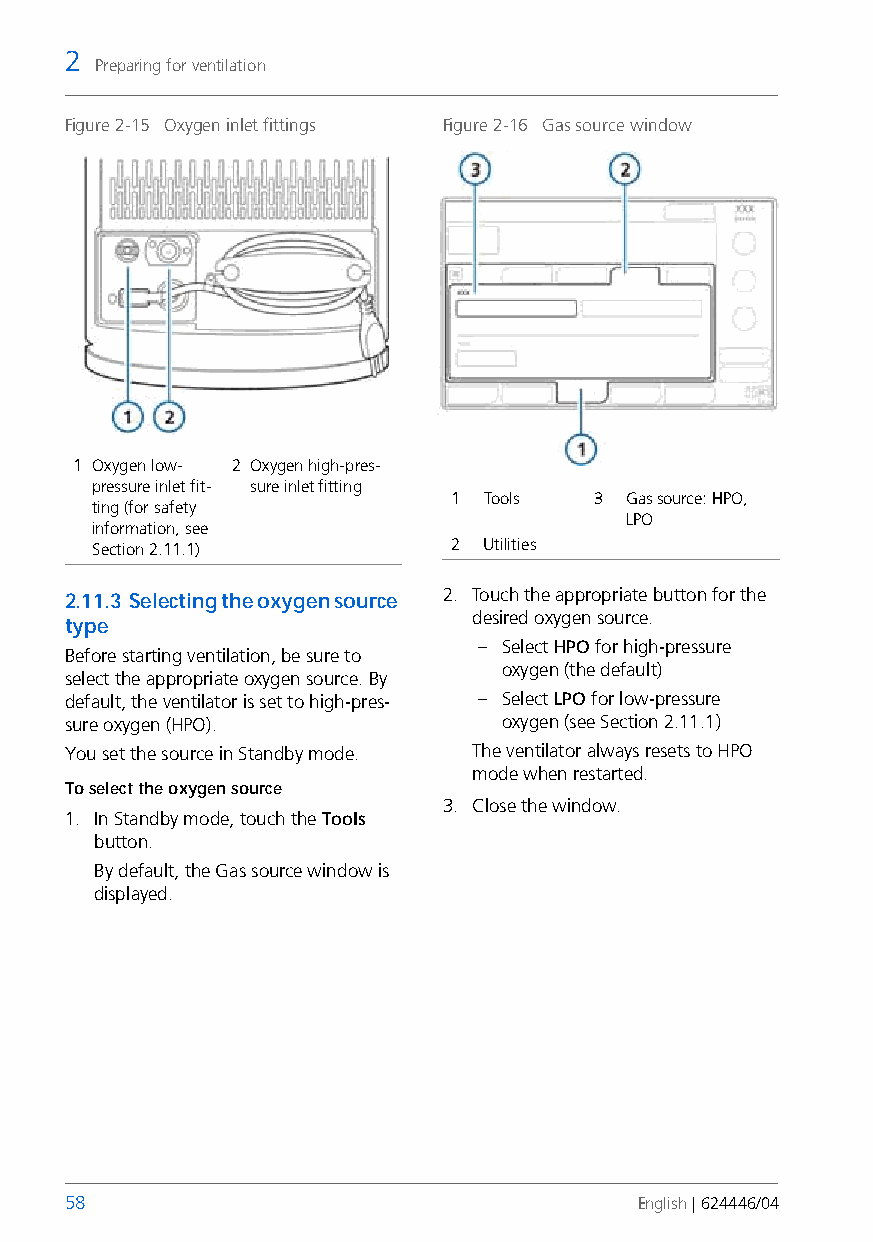
2
 Preparing for ventilation
 Figure 2-15 Oxygen inlet fittings Figure 2-16 Gas source window
 1 Oxygen low- 2 Oxygen high-pres-
 pressure inlet fit- sure inlet fitting
 1 Tools  3  Gas source: HPO,
 ting (for safety
 LPO
 information, see
 Section 2.11.1)         2 Utilities
 2.11.3 Selecting the oxygen source 2. Touch the appropriate button for the
 desired oxygen source.
 type
 – Select HPO for high-pressure
 Before starting ventilation, be sure to
 oxygen (the default)
 select the appropriate oxygen source. By
 default, the ventilator is set to high-pres- – Select LPO for low-pressure
 sure oxygen (HPO).           oxygen (see Section 2.11.1)
 You set the source in Standby mode. The ventilator always resets to HPO
 mode when restarted.
 To select the oxygen source
 3. Close the window.
 1. In Standby mode, touch the Tools
 button.
 By default, the Gas source window is
 displayed.
 58                                    English | 624446/04